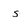
Character: s